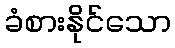
ခံစားနိုင်သော